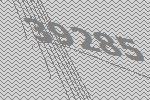
39285